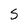
Character: S